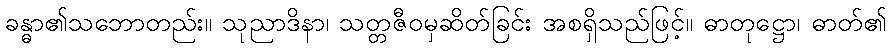
ခန္ဓာ၏သဘောတည်း။ သုညာဒိနာ၊ သတ္တဇီဝမှဆိတ်ခြင်း အစရှိသည်ဖြင့်။ ဓာတုဋ္ဌော၊ ဓာတ်၏